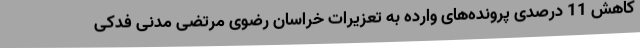
کاهش 11 درصدی پرونده‌های وارده به تعزیرات خراسان رضوی مرتضی مدنی فدکی